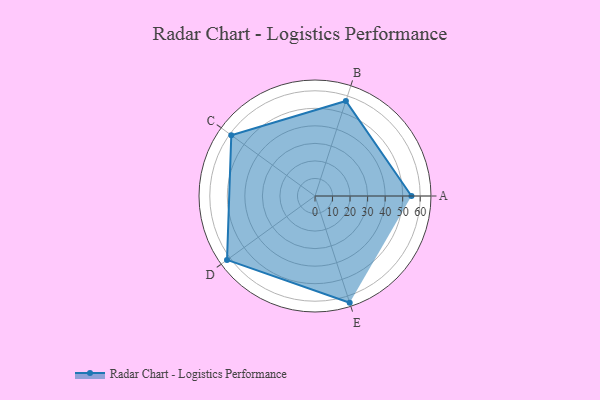
{"axis": {"x": "Skill", "y": "Score"}, "legend": ["Profile"], "data": [{"x": "A", "y": 55.0, "type": "Profile"}, {"x": "B", "y": 57.0, "type": "Profile"}, {"x": "C", "y": 59.0, "type": "Profile"}, {"x": "D", "y": 62.0, "type": "Profile"}, {"x": "E", "y": 64.0, "type": "Profile"}]}